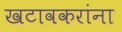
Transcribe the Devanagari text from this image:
खटावकरांना